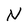
Character: N